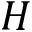
H